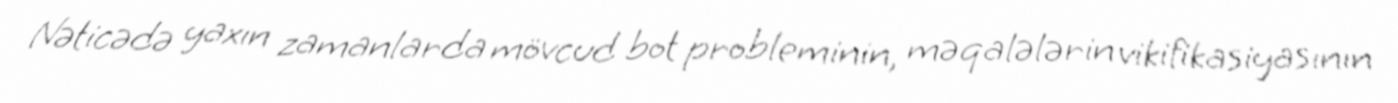
Nəticədə yaxın zamanlarda mövcud bot probleminin, məqalələrin vikifikasiyasının